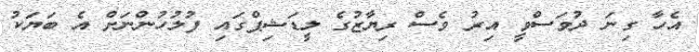
އެހާ ގިނަ ދުވަސްވީ އިރު ވެސް ރިޔާޒުގެ ލީޑަޝިޕްގައި ފުލުހުންނަށް އެ ބަޔަކު